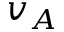
v _ { A }